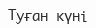
Туған күні